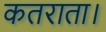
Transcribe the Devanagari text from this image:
कतराता।